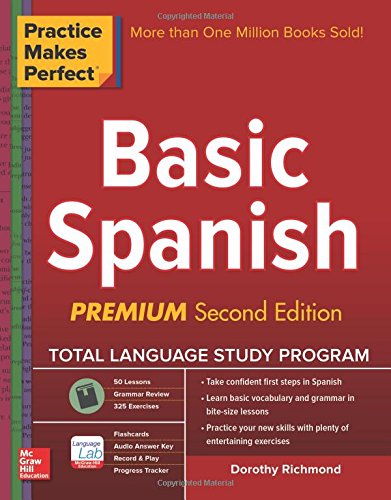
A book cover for Practice Makes Perfect Basic Spanish, Second Edition: (Beginner) 325 Exercises + Flashcard App + 90-minute Audio (Practice Makes Perfect Series); Dorothy Richmond; Computers & Technology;